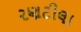
રણટીલા